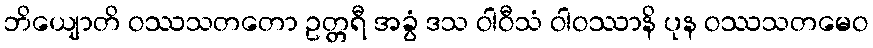
ဘိယျောတိ ဝဿသတတော ဥတ္တရီ အခွံ ဒသ ဝါဝီသံ ဝါဝဿာနိ ပုန ဝဿသတမေဝ